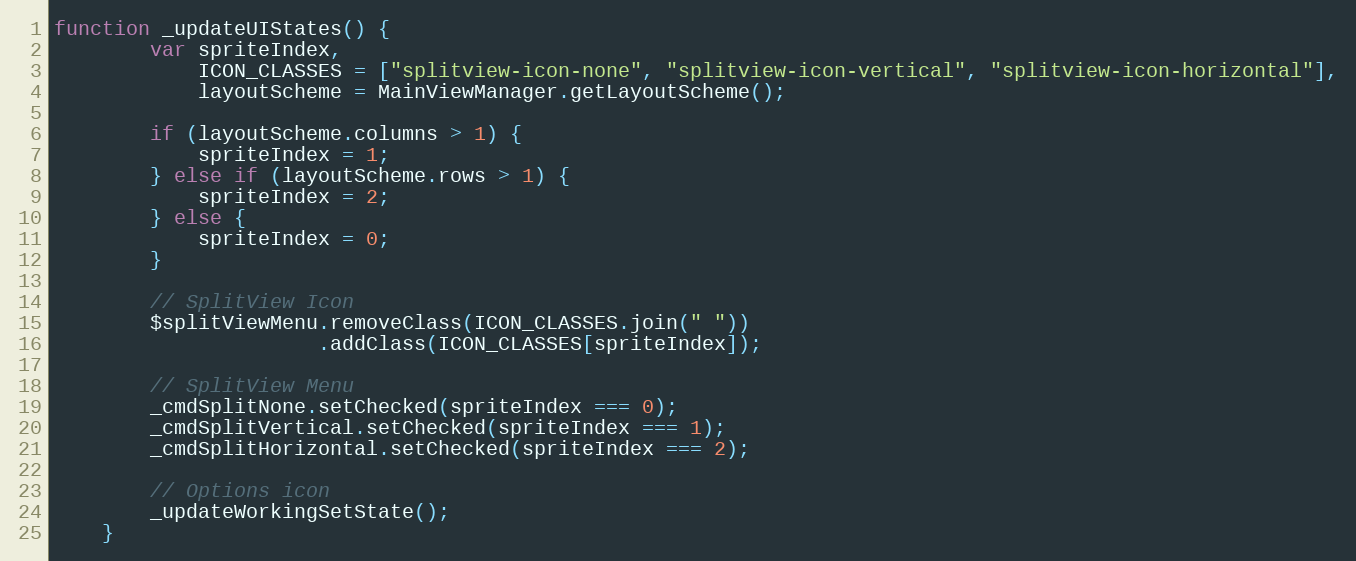
Language: JavaScript
function _updateUIStates() {
        var spriteIndex,
            ICON_CLASSES = ["splitview-icon-none", "splitview-icon-vertical", "splitview-icon-horizontal"],
            layoutScheme = MainViewManager.getLayoutScheme();

        if (layoutScheme.columns > 1) {
            spriteIndex = 1;
        } else if (layoutScheme.rows > 1) {
            spriteIndex = 2;
        } else {
            spriteIndex = 0;
        }

        // SplitView Icon
        $splitViewMenu.removeClass(ICON_CLASSES.join(" "))
                      .addClass(ICON_CLASSES[spriteIndex]);

        // SplitView Menu
        _cmdSplitNone.setChecked(spriteIndex === 0);
        _cmdSplitVertical.setChecked(spriteIndex === 1);
        _cmdSplitHorizontal.setChecked(spriteIndex === 2);

        // Options icon
        _updateWorkingSetState();
    }